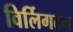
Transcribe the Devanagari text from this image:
विर्लिगटन